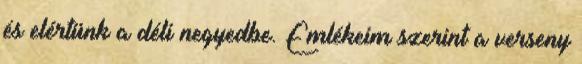
és elértünk a déli negyedbe. Emlékeim szerint a verseny